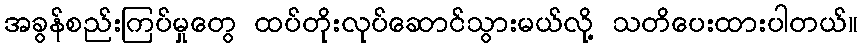
အခွန်စည်းကြပ်မှုတွေ ထပ်တိုးလုပ်ဆောင်သွားမယ်လို့ သတိပေးထားပါတယ်။